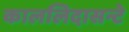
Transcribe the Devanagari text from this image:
काललिदासन्टे